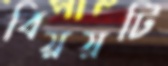
বিয়য়টি